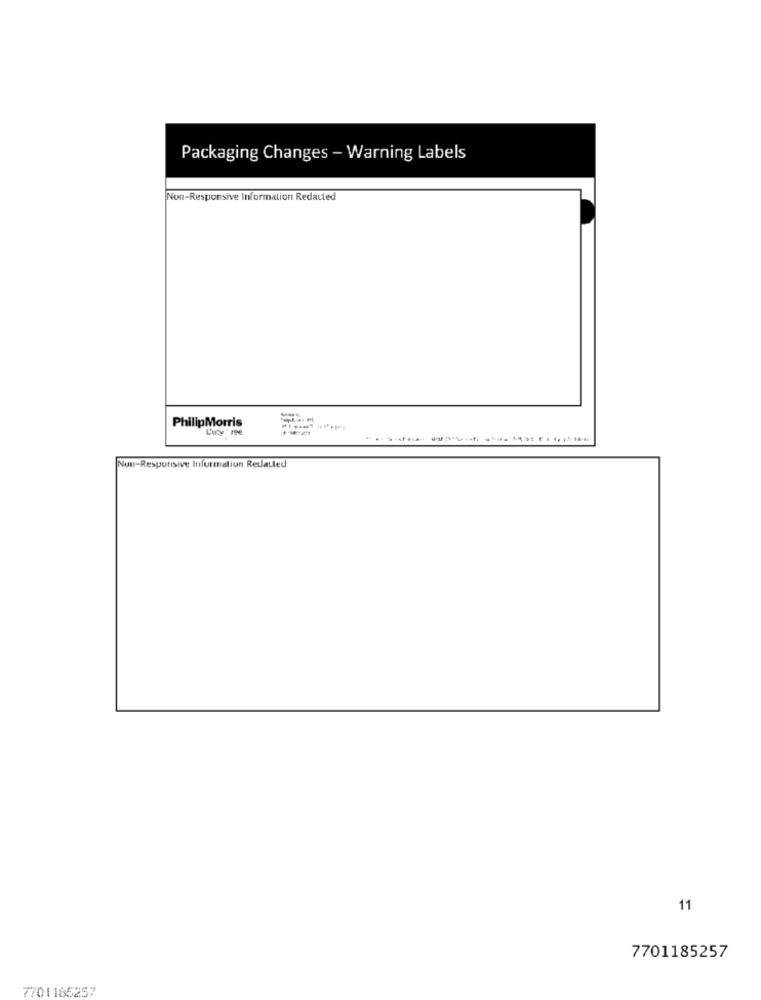
Packaging Changes - Warning Labels
Non-Responsive Information Redacted
PhilipMorris
Luty're
Nun-Respurisive Infurmaliun Redatted
11
7701185257
7701185257